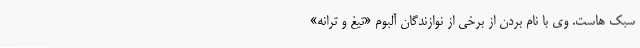
سبک هاست. وی با نام بردن از برخی از نوازندگان آلبوم «تیغ و ترانه»